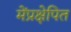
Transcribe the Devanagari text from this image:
मेंप्रक्षेपित